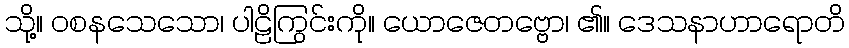
သို့။ ဝစနသေသော၊ ပါဠိကြွင်းကို။ ယောဇေတဗ္ဗော၊ ၏။ ဒေသနာဟာရောတိ